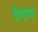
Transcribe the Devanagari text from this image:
वेगान